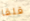
قلقا